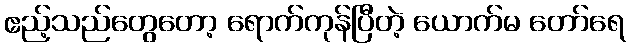
ဧည့်သည်တွေတော့ ရောက်ကုန်ပြီတဲ့ ယောက်မ တော်ရေ